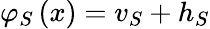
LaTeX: \begin{array}{r}{\varphi_{S}\left(x\right)=v_{S}+h_{S}}\end{array}